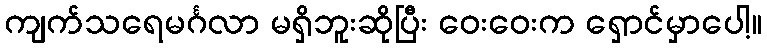
ကျက်သရေမင်္ဂလာ မရှိဘူးဆိုပြီး ဝေးဝေးက ရှောင်မှာပေါ့။